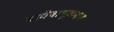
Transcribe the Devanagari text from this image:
वाघेबाभूळगाव